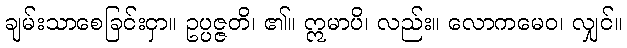
ချမ်းသာစေခြင်းငှာ။ ဥပ္ပဇ္ဇတိ၊ ၏။ ဣမာပိ၊ လည်း။ လောကမေဝ၊ လျှင်။